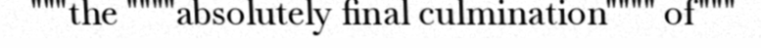
"""the """"absolutely final culmination"""" of"""